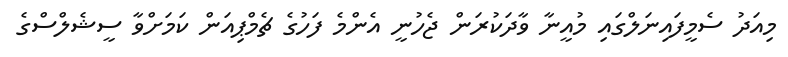
މިއަދު ސެމީފައިނަލްގައި މުއީނާ ވާދަކުރަން ޖެހުނީ އެންމެ ފަހުގެ ޗެމްޕިއަން ކަމަށްވާ ސީޝެލްސްގެ